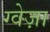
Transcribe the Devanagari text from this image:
ग्वेज़ा